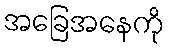
အခြေအနေကို